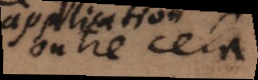
outre cela